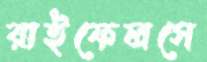
রাইফেলসে